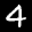
Label: 4